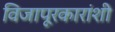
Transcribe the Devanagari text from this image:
विजापूरकारांशी